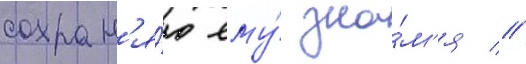
сохран'я́ю ему́ зна́м'я //